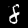
Digit: 8